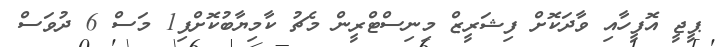
ޕީޖީ އޮފީހާއި ވާދަކޮށް ފިޝަރީޒް މިނިސްޓްރީން މެޗު ކާމިޔާބުކޮށްފި1 މަސް 6 ދުވަސް